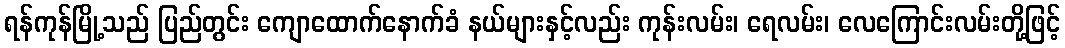
ရန်ကုန်မြို့သည် ပြည်တွင်း ကျောထောက်နောက်ခံ နယ်များနှင့်လည်း ကုန်းလမ်း၊ ရေလမ်း၊ လေကြောင်းလမ်းတို့ဖြင့်